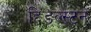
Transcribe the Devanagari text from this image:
हिडल्स्टन